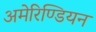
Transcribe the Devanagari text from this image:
अमेरिण्डियन